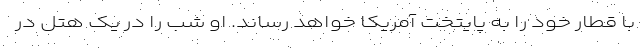
با قطار خود را به پایتخت آمریکا خواهد رساند. او شب را در یک هتل در